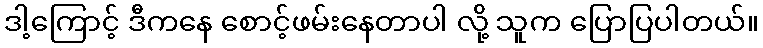
ဒါ့ကြောင့် ဒီကနေ စောင့်ဖမ်းနေတာပါ လို့ သူက ပြောပြပါတယ်။